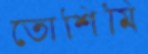
তোশিমি